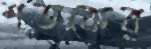
শতকের